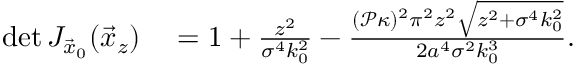
\begin{array} { r l } { \operatorname* { d e t } J _ { \vec { x } _ { 0 } } ( \vec { x } _ { z } ) } & { { } = 1 + \frac { z ^ { 2 } } { \sigma ^ { 4 } k _ { 0 } ^ { 2 } } - \frac { ( \mathcal { P } \kappa ) ^ { 2 } \pi ^ { 2 } z ^ { 2 } \sqrt { z ^ { 2 } + \sigma ^ { 4 } k _ { 0 } ^ { 2 } } } { 2 a ^ { 4 } \sigma ^ { 2 } k _ { 0 } ^ { 3 } } . } \end{array}